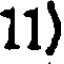
11)